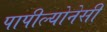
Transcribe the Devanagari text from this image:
पापील्योनेसी